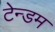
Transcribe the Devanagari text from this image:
टेन्डम